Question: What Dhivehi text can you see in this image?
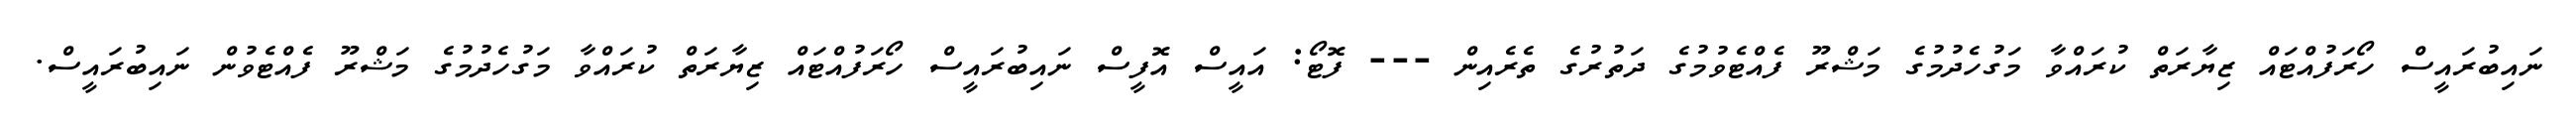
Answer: ނައިބުރައީސް ހޯރަފުއްޓައް ޒިޔާރަތް ކުރައްވާ މަގުހެދުމުގެ މަޝްރޫ ފެއްޓެވުމުގެ ދަތުރުގެ ތެރެއިން --- ފޮޓޯ: އައީސް އޮފީސް ނައިބުރައީސް ހޯރަފުއްޓައް ޒިޔާރަތް ކުރައްވާ މަގުހެދުމުގެ މަޝްރޫ ފެއްޓެވުން ނައިބުރައީސް.